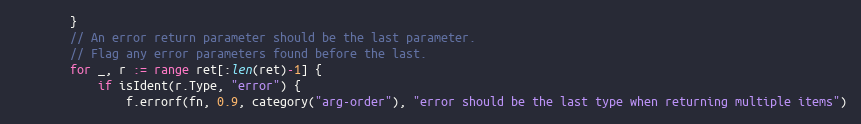
Language: Go
		}
		// An error return parameter should be the last parameter.
		// Flag any error parameters found before the last.
		for _, r := range ret[:len(ret)-1] {
			if isIdent(r.Type, "error") {
				f.errorf(fn, 0.9, category("arg-order"), "error should be the last type when returning multiple items")